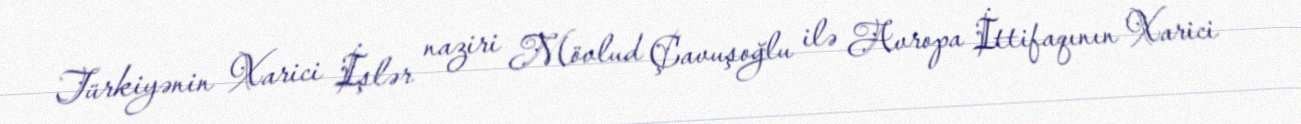
Türkiyənin Xarici İşlər naziri Mövlud Çavuşoğlu ilə Avropa İttifaqının Xarici